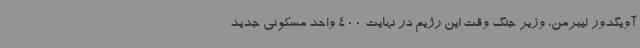
آویگدور لیبرمن، وزیر جنگ وقت این رژیم در نهایت 400 واحد مسکونی جدید